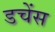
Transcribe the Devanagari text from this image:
डचेंस